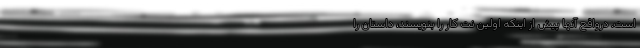
است. درواقع آنها پیش از اینکه اولین نت کار را بنویسند، داستان را